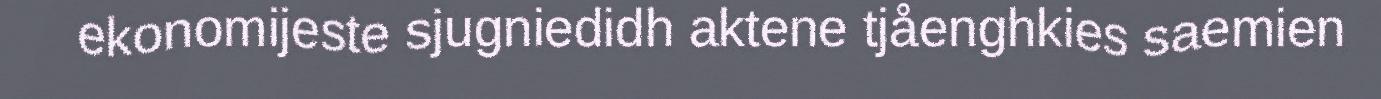
ekonomijeste sjugniedidh aktene tjåenghkies saemien